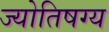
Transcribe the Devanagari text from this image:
ज्योतिषग्य